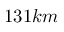
1 3 1 k m